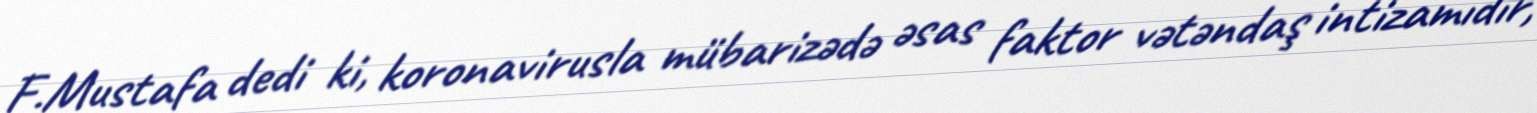
F.Mustafa dedi ki, koronavirusla mübarizədə əsas faktor vətəndaş intizamıdır,